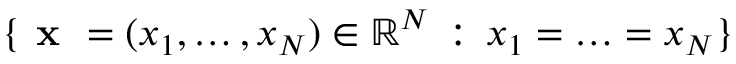
\{ \textbf { x } = ( x _ { 1 } , \ldots , x _ { N } ) \in \mathbb { R } ^ { N } \, : \, x _ { 1 } = \ldots = x _ { N } \}